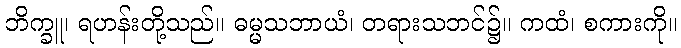
ဘိက္ခူ၊ ရဟန်းတို့သည်။ ဓမ္မသဘာယံ၊ တရားသဘင်၌။ ကထံ၊ စကားကို။